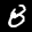
Label: 8